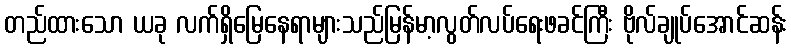
တည်ထားသော ယခု လက်ရှိမြေနေရာများသည်မြန်မာ့လွတ်လပ်ရေးဖခင်ကြီး ဗိုလ်ချုပ်အောင်ဆန်း